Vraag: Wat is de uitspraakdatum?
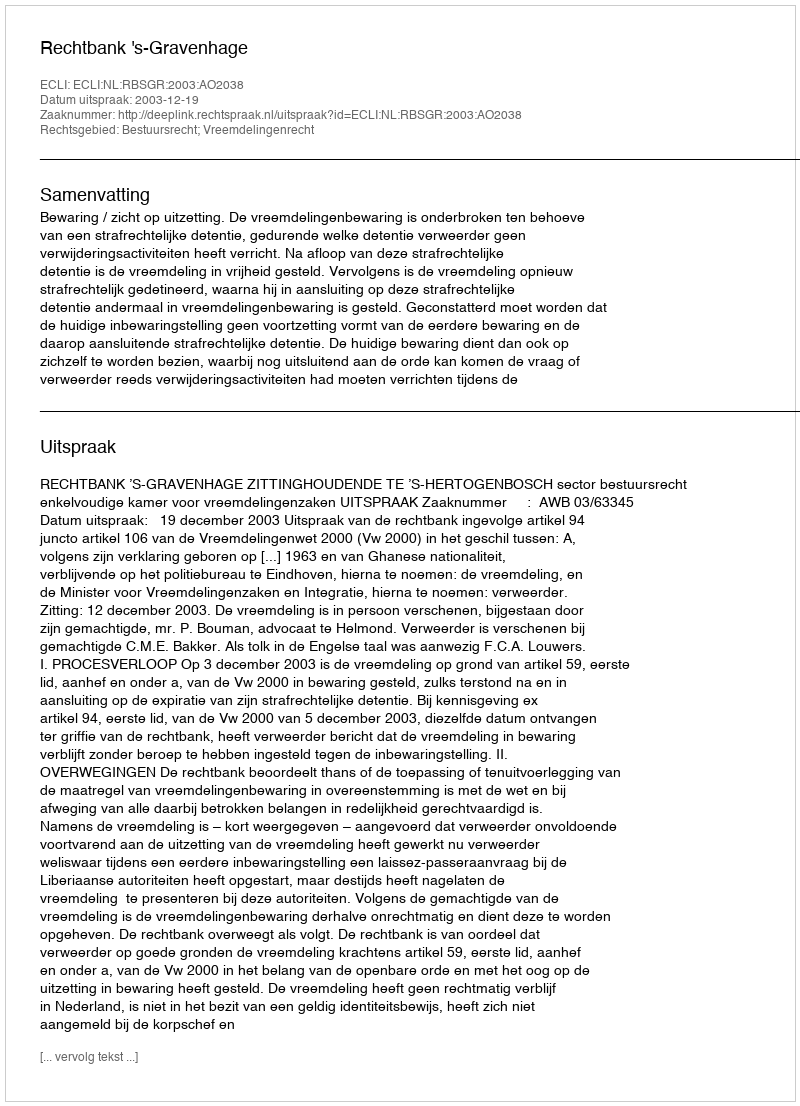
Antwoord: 2003-12-19